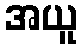
အယူ